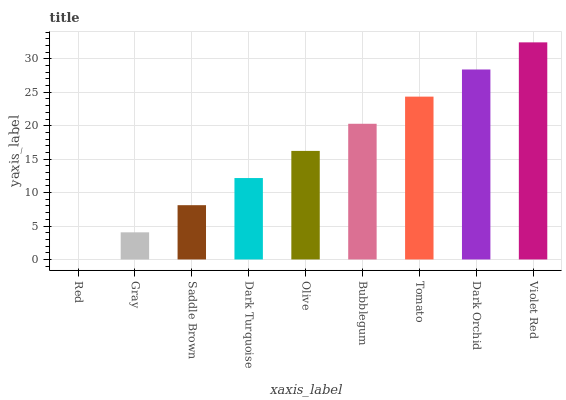
| xaxis_label | bars |
 | --- | --- |
 | Red | 0 |
 | Gray | 4.06 |
 | Saddle Brown | 8.12 |
 | Dark Turquoise | 12.2 |
 | Olive | 16.2 |
 | Bubblegum | 20.3 |
 | Tomato | 24.4 |
 | Dark Orchid | 28.4 |
 | Violet Red | 32.5 |